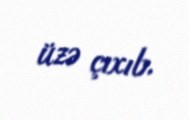
üzə çıxıb.